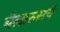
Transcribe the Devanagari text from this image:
बेलारुसचे